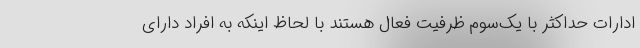
ادارات حداکثر با یک‌سوم ظرفیت فعال هستند با لحاظ اینکه به افراد دارای